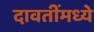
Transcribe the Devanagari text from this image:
दावतींमध्ये